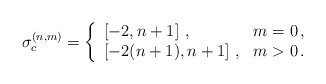
\begin{align*}\sigma_c^{(n,m)} = \left \{\begin{array}{ll}\left [ -2,n+1\right]\,, & m=0\,, \\\left [ -2(n+1),n+1\right]\,, & m>0\,.\end{array} \right. \end{align*}